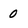
Character: 0